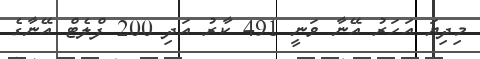
މިދިޔަ އަހަރު އޭނާ ވަނީ 491 ކާރު އަދި 200 ފްލެޓް އޭނާގެ